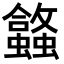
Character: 𬠹